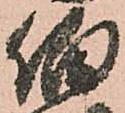
伯